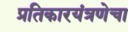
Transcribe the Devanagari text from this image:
प्रतिकारयंत्रणेचा